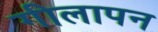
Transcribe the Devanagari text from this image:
गीलापन